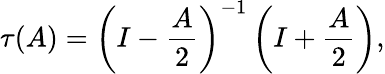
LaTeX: \tau(A)=\left(I-\frac{A}{2}\right)^{-1}\left(I+\frac{A}{2}\right),